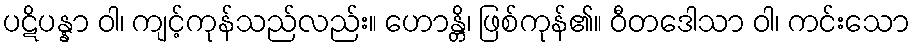
ပဋိပန္နာ ဝါ၊ ကျင့်ကုန်သည်လည်း။ ဟောန္တိ၊ ဖြစ်ကုန်၏။ ဝီတဒေါသာ ဝါ၊ ကင်းသော